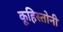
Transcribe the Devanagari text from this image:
कूहिस्तोनी